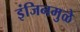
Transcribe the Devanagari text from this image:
इंजिनमुळे